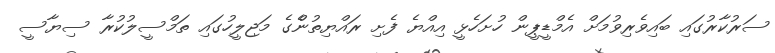
ސަރުކާރުގައި ބައިވެރިވުމަށް އެމްޑީޕީން ހުށަހެޅީ އިއްޔެ ފެށި ރައްޔިތުންެގެ މަޖިލީހުގައި ތަމްސީލުކުރާ ސިޔާސީ